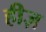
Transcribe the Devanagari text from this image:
हीज़